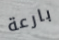
بارعة